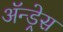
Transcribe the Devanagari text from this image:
ॲन्ड्रेस